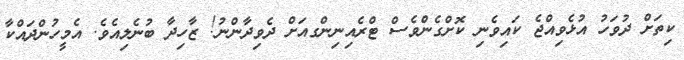
ކިތަށް ދުވަހު އުޅެވިއްޖެ ކައިވެނި ކޮށްގެންވެސް ޓްރެއިނިންގއަށް ދެވިދާންނު! ޒާހިދާ ބުނެލިއެވެ. އެމީހުންދައްކާ